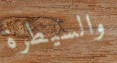
والسيطرة